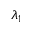
\lambda _ { 1 }